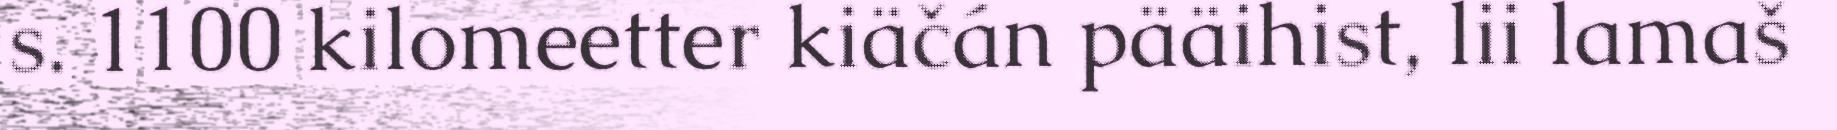
s. 1100 kilomeetter kiäčán pääihist, lii lamaš